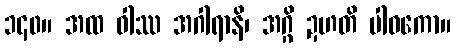
၁၄၀။ အထ ဝါဿ အဂါရာနိ၊ အဂ္ဂိ ဍဟတိ ပါဝကော။